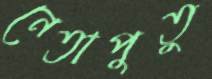
নেতাপুতু